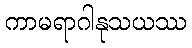
ကာမရာဂါနုသယဿ